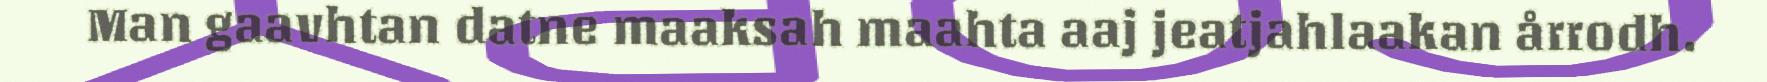
Man gaavhtan datne maaksah maahta aaj jeatjahlaakan årrodh.